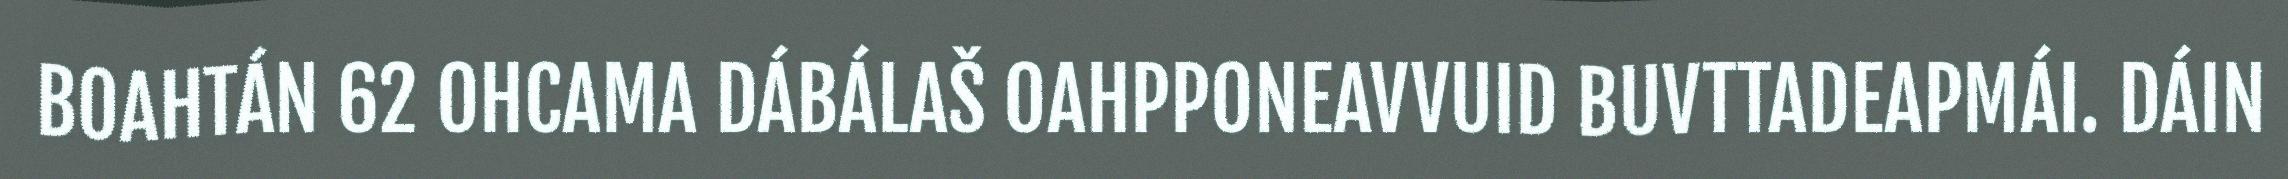
BOAHTÁN 62 OHCAMA DÁBÁLAŠ OAHPPONEAVVUID BUVTTADEAPMÁI. DÁIN